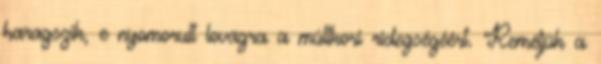
haragszik, e nyomorult lovagra a múltkori ridegségéért. Reméljük a